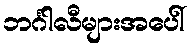
ဘင်္ဂါလီများအပေါ်